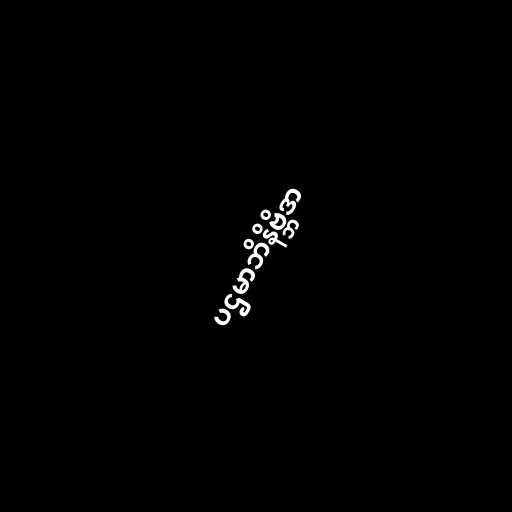
ပဌမာဘိနိဗ္ဘိဒာ